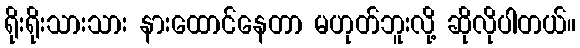
ရိုးရိုးသားသား နားထောင်နေတာ မဟုတ်ဘူးလို့ ဆိုလိုပါတယ်။